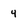
Character: 4